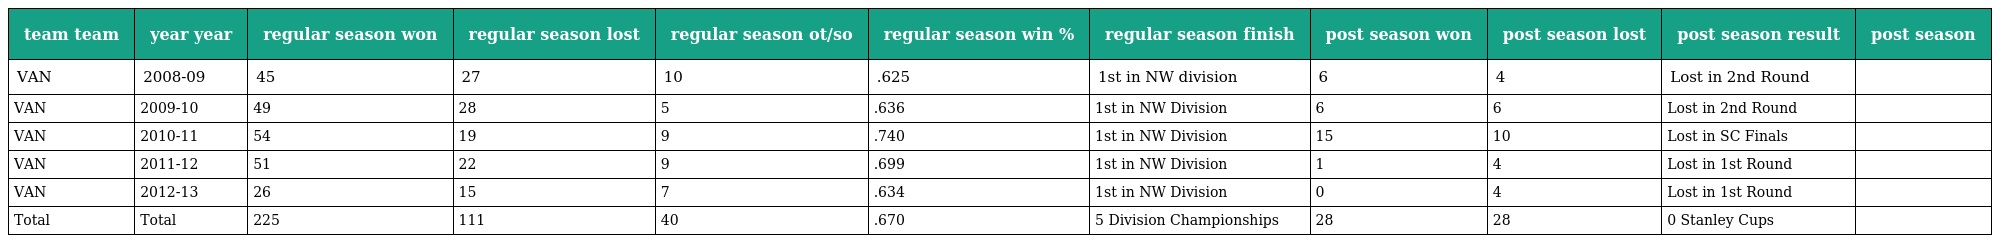
| team team | year year | regular season won | regular season lost | regular season ot/so | regular season win % | regular season finish | post season won | post season lost | post season result | post season |
 | --- | --- | --- | --- | --- | --- | --- | --- | --- | --- | --- |
 | VAN | 2008-09 | 45 | 27 | 10 | .625 | 1st in NW division | 6 | 4 | Lost in 2nd Round |  |
 | VAN | 2009-10 | 49 | 28 | 5 | .636 | 1st in NW Division | 6 | 6 | Lost in 2nd Round |  |
 | VAN | 2010-11 | 54 | 19 | 9 | .740 | 1st in NW Division | 15 | 10 | Lost in SC Finals |  |
 | VAN | 2011-12 | 51 | 22 | 9 | .699 | 1st in NW Division | 1 | 4 | Lost in 1st Round |  |
 | VAN | 2012-13 | 26 | 15 | 7 | .634 | 1st in NW Division | 0 | 4 | Lost in 1st Round |  |
 | Total | Total | 225 | 111 | 40 | .670 | 5 Division Championships | 28 | 28 | 0 Stanley Cups |  |